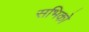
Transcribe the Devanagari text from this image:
सभिको